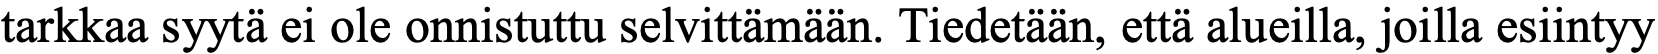
tarkkaa syytä ei ole onnistuttu selvittämään. Tiedetään, että alueilla, joilla esiintyy